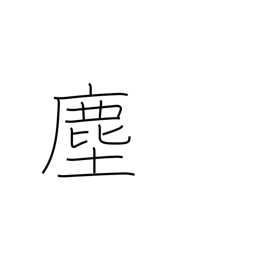
Meaning: dust